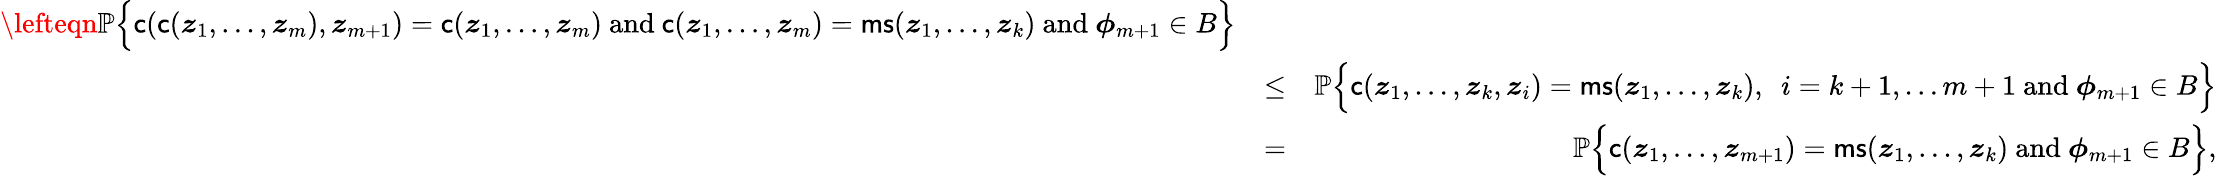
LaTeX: \begin{array}{rlr}{\lefteqn{{\mathbb{P}}\Big\{ \mathsf{c}(\mathsf{c}({\boldsymbol{z}}_{1},\ldots,{\boldsymbol{z}}_{m}),{\boldsymbol{z}}_{m+1})=\mathsf{c}({\boldsymbol{z}}_{1},\ldots,{\boldsymbol{z}}_{m})\mathrm{~and~}\mathsf{c}({\boldsymbol{z}}_{1},\ldots,{\boldsymbol{z}}_{m})=\mathsf{ms}({\boldsymbol{z}}_{1},\ldots,{\boldsymbol{z}}_{k})\mathrm{~and~}{\boldsymbol{\phi}}_{m+1}\in B\Big\} }}\\ &{\leq}&{{\mathbb{P}}\Big\{ \mathsf{c}({\boldsymbol{z}}_{1},\ldots,{\boldsymbol{z}}_{k},{\boldsymbol{z}}_{i})=\mathsf{ms}({\boldsymbol{z}}_{1},\ldots,{\boldsymbol{z}}_{k}),\ \ i=k+1,\ldots m+1\mathrm{~and~}{\boldsymbol{\phi}}_{m+1}\in B\Big\} }\\ &{=}&{{\mathbb{P}}\Big\{ \mathsf{c}({\boldsymbol{z}}_{1},\ldots,{\boldsymbol{z}}_{m+1})=\mathsf{ms}({\boldsymbol{z}}_{1},\ldots,{\boldsymbol{z}}_{k})\mathrm{~and~}{\boldsymbol{\phi}}_{m+1}\in B\Big\} ,}\end{array}